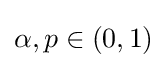
\alpha ,p\in (0,1)